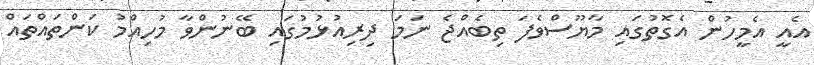
އެއީ އެމީހުން އެގޮތުގައި މާޔޫސްވެފަ ތިބެއްޖެ ނަމަ ދިރިއުޅުމުގައި ބޭނުންވާ މުހިއްމު ކަންތައްތައް